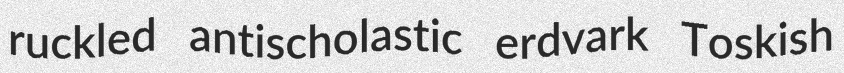
ruckled antischolastic erdvark Toskish